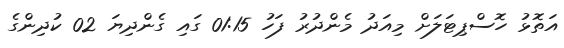
އަތޮޅު ހޮސްޕިޓަލަށް މިއަދު މެންދުރު ފަހު 01:15 ގައި ގެންދިޔަ 02 ކުދިންގެ